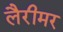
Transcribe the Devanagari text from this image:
लैरीमर